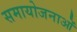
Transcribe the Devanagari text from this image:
समायोजनाओं